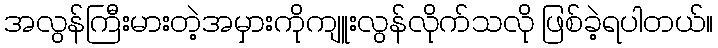
အလွန်ကြီးမားတဲ့အမှားကိုကျူးလွန်လိုက်သလို ဖြစ်ခဲ့ရပါတယ်။